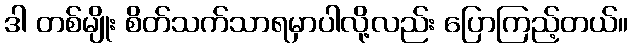
ဒါ တစ်မျိုး စိတ်သက်သာရမှာပါလို့လည်း ပြောကြည့်တယ်။